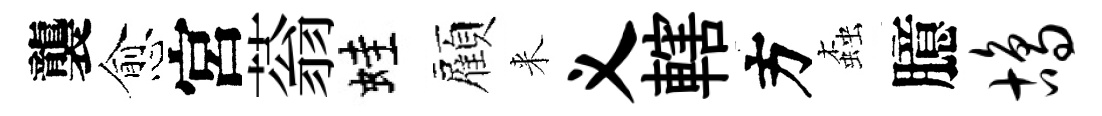
襲愈宮蓊蛙顏来义轄方螙臆鸪